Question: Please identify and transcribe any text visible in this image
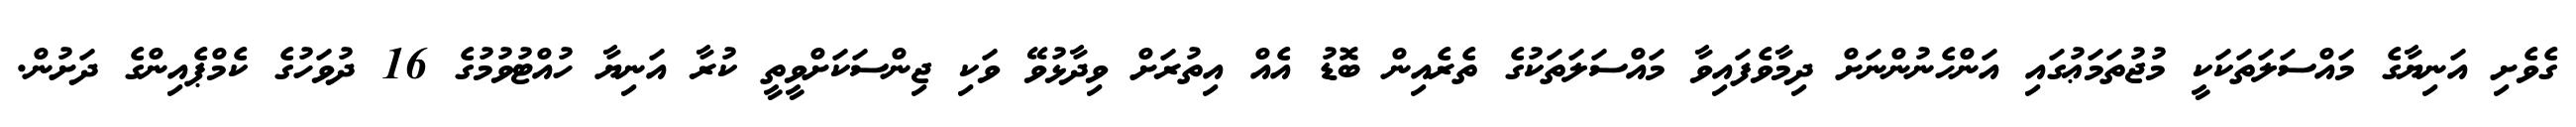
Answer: ގެވެށި އަނިޔާގެ މައްސަލަތަކަކީ މުޖުތަމަޢުގައި އަންހެނުންނަށް ދިމާވެފައިވާ މައްސަލަތަކުގެ ތެރެއިން ބޮޑު އެއް އިތުރަށް ވިދާޅުވޭ ވަކި ޖިންސަކަށްވީތީ ކުރާ އަނިޔާ ހުއްޓުވުމުގެ 16 ދުވަހުގެ ކެމްޕެއިންގެ ދަށުން.